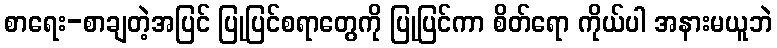
စာရေး-စာချတဲ့အပြင် ပြုပြင်စရာတွေကို ပြုပြင်ကာ စိတ်ရော ကိုယ်ပါ အနားမယူဘဲ